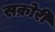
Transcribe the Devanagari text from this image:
सक्रोरी